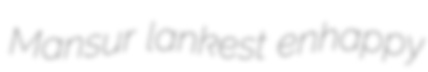
Mansur lankest enhappy